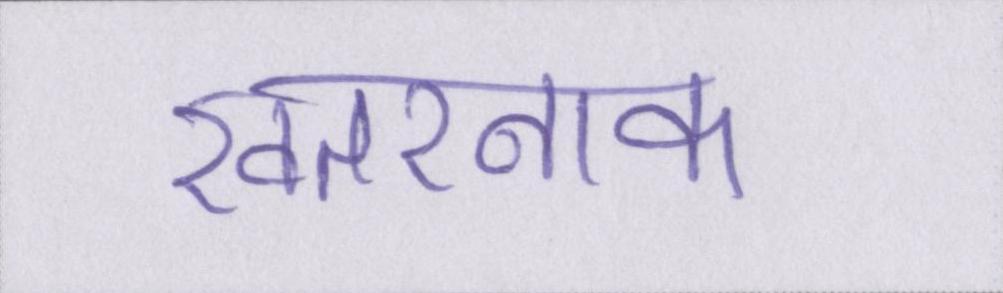
खतरनाक